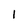
Character: 1